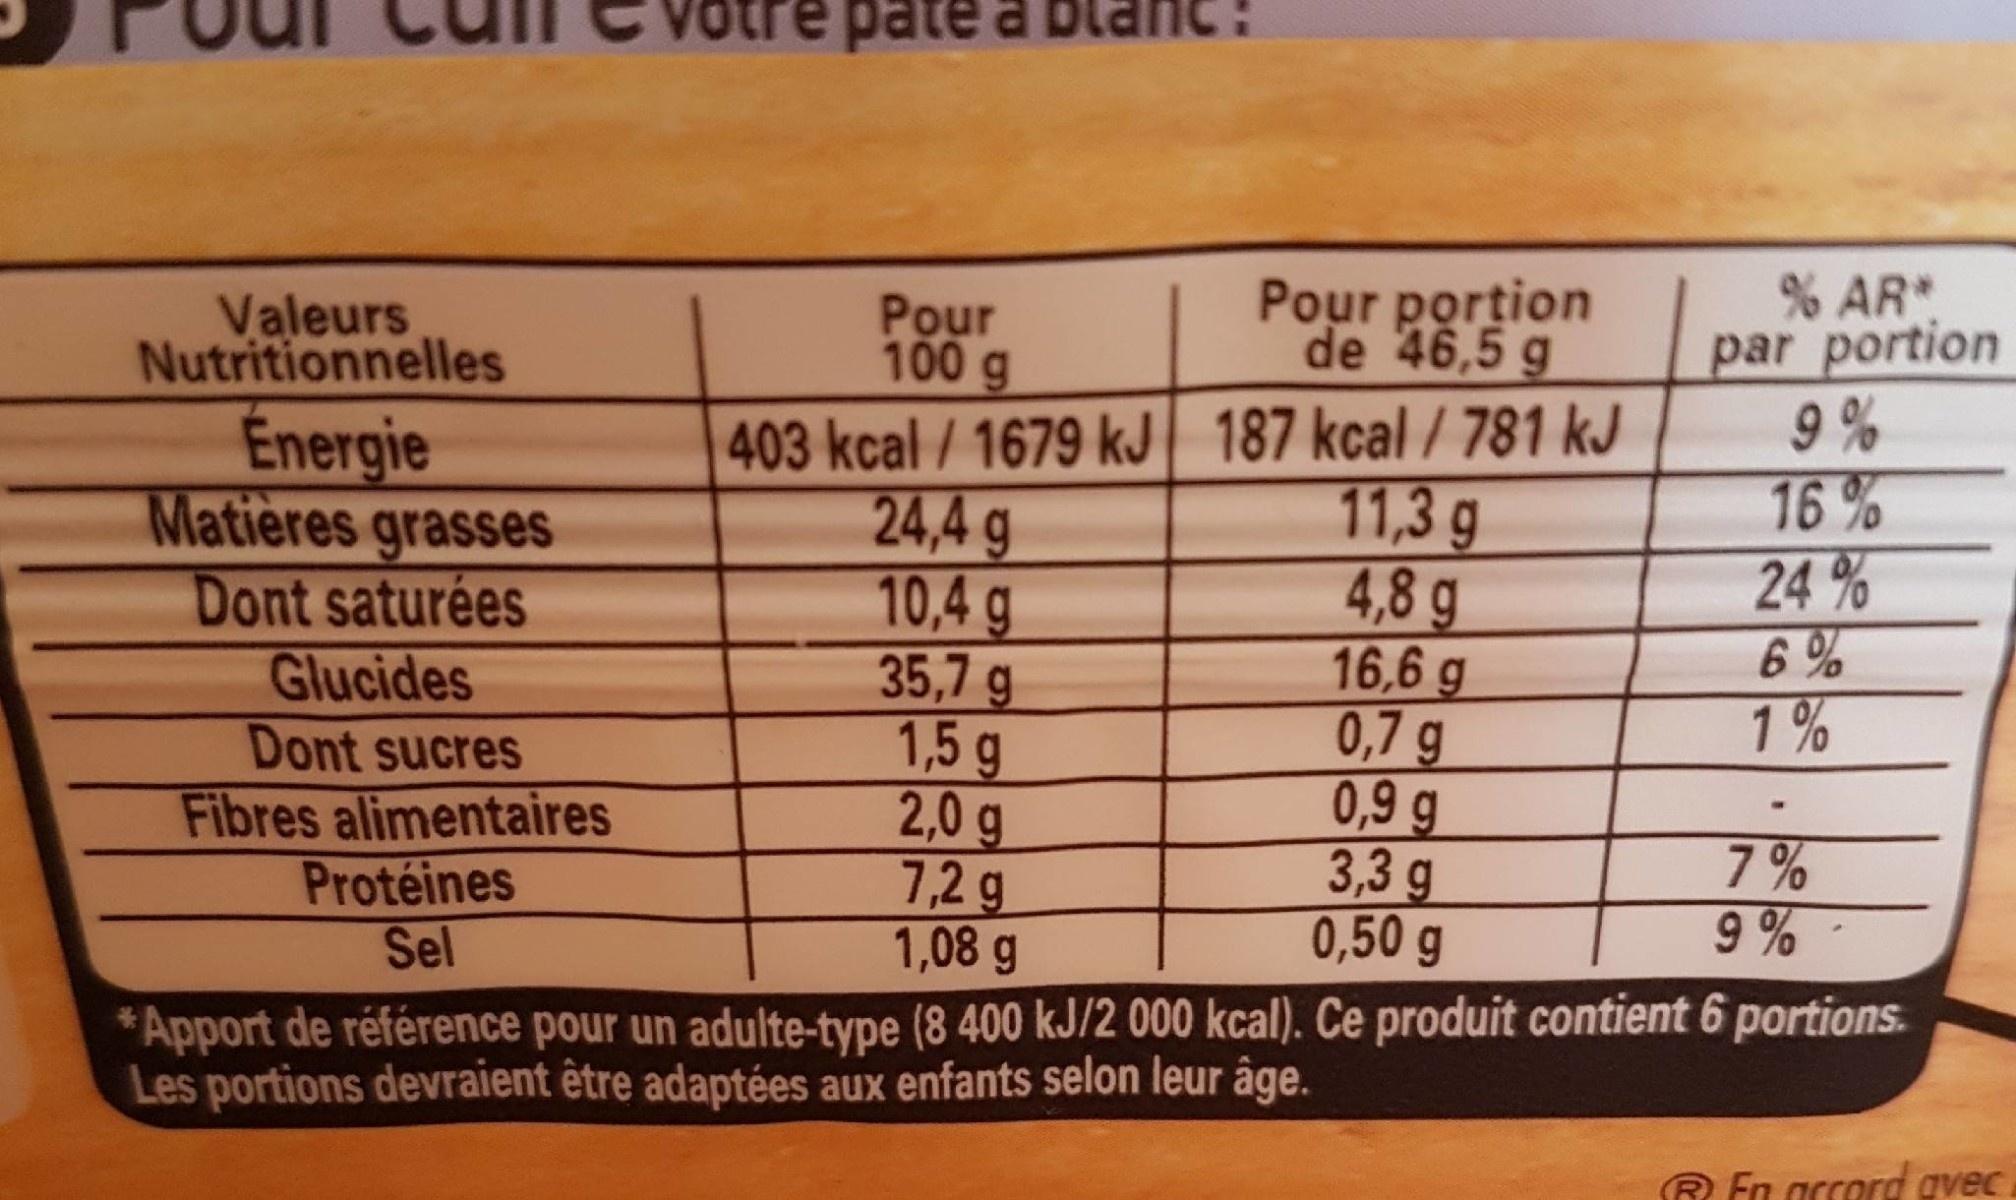
Votre pate a
% AR* par portion 9 % 16% 24 % 6% 1%
Valeurs Nutritionnelles
Pour 100 g
Pour portion de 46,5 g
Énergie Matières grasses Dont saturées Glucides Dont sucres Fibres alimentaires Protéines Sel
403 kcal / 1679 kJ 187 kcal / 781 kJ 24,4 g 10,4 g 35,7 g 1,5g 2,0 g 7,2g 1,08 g
11,3 g 4,8 g 16,6 g 0,7 g 0,9 g 3,3 g 0,50 g
7 % 9 %
* Apport de référence pour un adulte-type (8 400 kJ/2 000 kcal). Ce produit contient 6 portions. Les portions devraient être adaptées aux enfants selon leur âge.
R En accord gvec